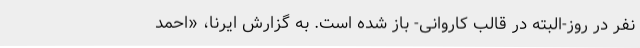
نفر در روز-البته در قالب کاروانی- باز شده است. به گزارش ایرنا، «احمد